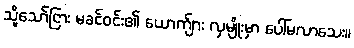
သို့သော်ငြား မခင်ဝင်း၏ ယောက်ျား လှမျိုးမှာ ပေါ်မလာသေး။